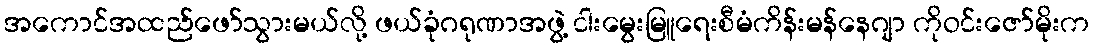
အကောင်အထည်ဖော်သွားမယ်လို့ ဖယ်ခုံဂရုဏာအဖွဲ့ ငါးမွေးမြူရေးစီမံကိန်းမန်နေဂျာ ကိုဝင်းဇော်မိုးက